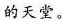
的天堂。